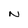
Character: N